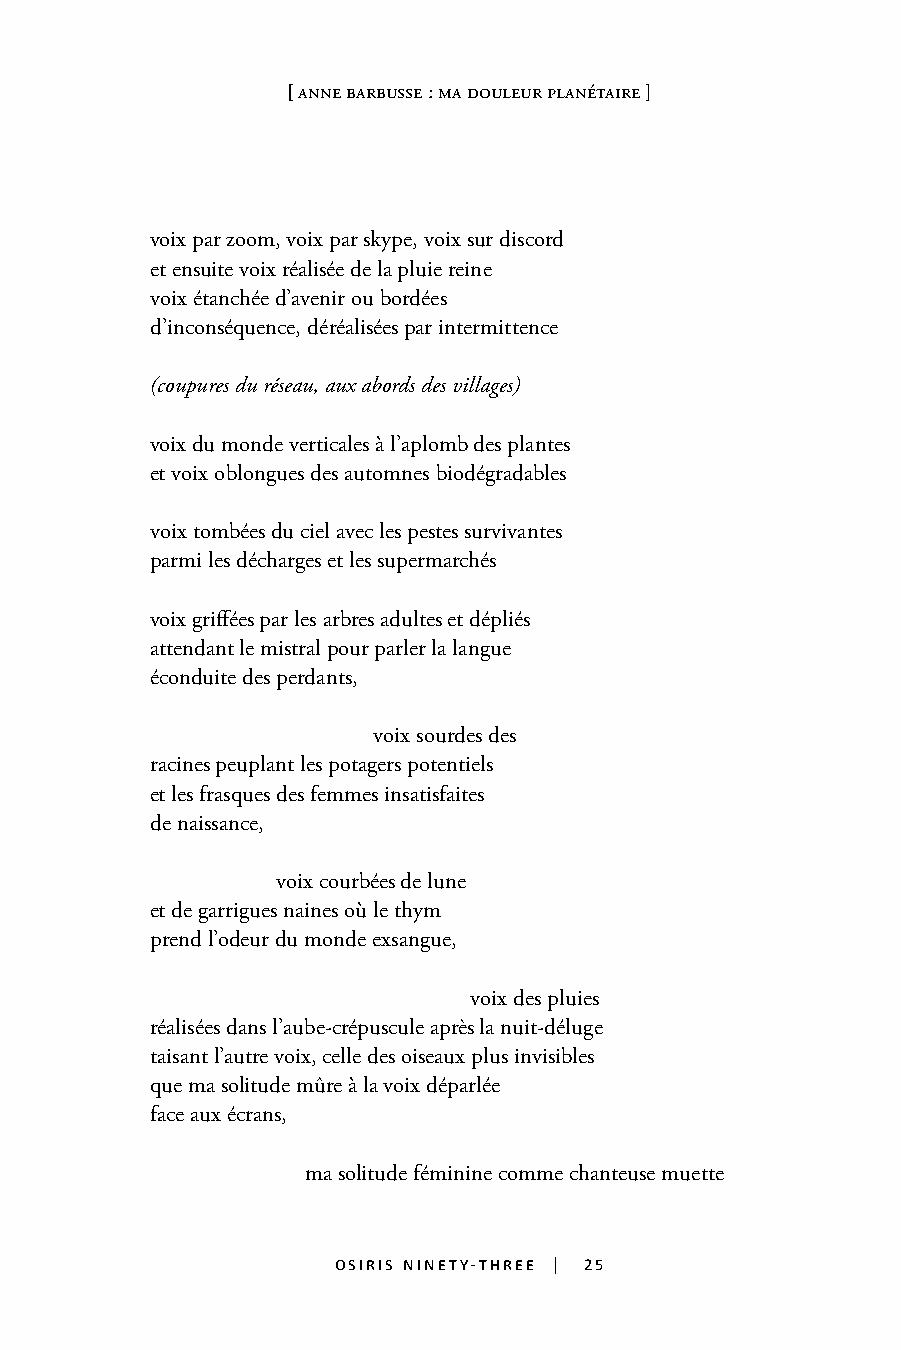
[ anne barbusse : ma douleur planÉtaire ]
 voix par zoom, voix par skype, voix sur discord
 et ensuite voix réalisée de la pluie reine
 voix étanchée d’avenir ou bordées
 d’inconséquence, déréalisées par intermittence
 (coupures du réseau, aux abords des villages)
 voix du monde verticales à l’aplomb des plantes
 et voix oblongues des automnes biodégradables
 voix tombées du ciel avec les pestes survivantes
 parmi les décharges et les supermarchés
 voix griffées par les arbres adultes et dépliés     25
 attendant le mistral pour parler la langue
 éconduite des perdants,
 voix sourdes des
 racines peuplant les potagers potentiels
 et les frasques des femmes insatisfaites
 de naissance,
 voix courbées de lune
 et de garrigues naines où le thym
 prend l’odeur du monde exsangue,
 voix des pluies
 réalisées dans l’aube-crépuscule après la nuit-déluge
 taisant l’autre voix, celle des oiseaux plus invisibles
 que ma solitude mûre à la voix déparlée
 face aux écrans,
 ma solitude féminine comme chanteuse muette
 osiris ninety-three | 25